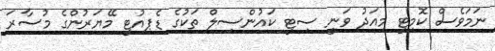
ނަމަވެސް ކޮމިޓީ މިއަދު ވަނީ ސިޓީ ކައުންސިލް ތަކުގެ ޑެޕިއުޓީ މޭޔަރުންގެ މުސާރަ